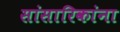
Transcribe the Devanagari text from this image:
सांसारिकांना